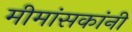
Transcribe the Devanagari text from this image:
मीमांसकांनी